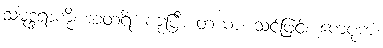
သမုဒ္ဒရာကို။ အတရိံ၊ ကူးပြီ။ တယာ၊ သင်ဖြင့်။ ကေပုကံ၊